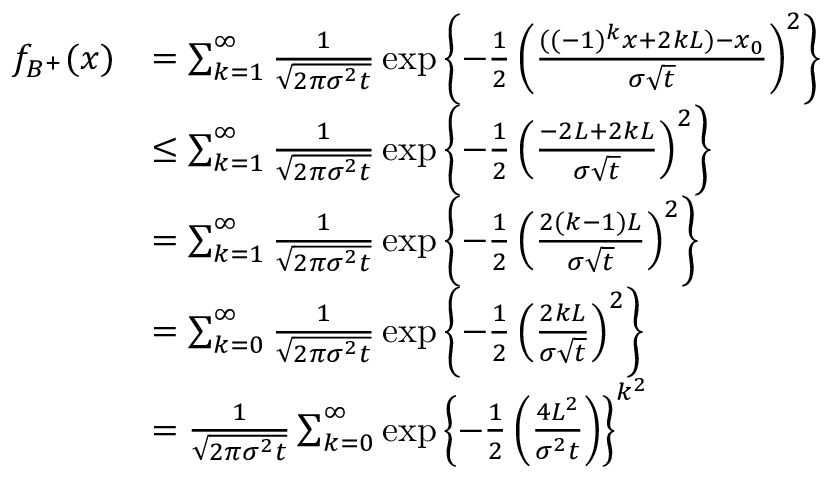
\begin{array} { r l } { f _ { B ^ { + } } ( x ) } & { = \sum _ { k = 1 } ^ { \infty } \frac { 1 } { \sqrt { 2 \pi \sigma ^ { 2 } t } } \exp \left\lbrace - \frac { 1 } { 2 } \left( \frac { ( ( - 1 ) ^ { k } x + 2 k L ) - x _ { 0 } } { \sigma \sqrt { t } } \right) ^ { 2 } \right\rbrace } \\ & { \leq \sum _ { k = 1 } ^ { \infty } \frac { 1 } { \sqrt { 2 \pi \sigma ^ { 2 } t } } \exp \left\lbrace - \frac { 1 } { 2 } \left( \frac { - 2 L + 2 k L } { \sigma \sqrt { t } } \right) ^ { 2 } \right\rbrace } \\ & { = \sum _ { k = 1 } ^ { \infty } \frac { 1 } { \sqrt { 2 \pi \sigma ^ { 2 } t } } \exp \left\lbrace - \frac { 1 } { 2 } \left( \frac { 2 ( k - 1 ) L } { \sigma \sqrt { t } } \right) ^ { 2 } \right\rbrace } \\ & { = \sum _ { k = 0 } ^ { \infty } \frac { 1 } { \sqrt { 2 \pi \sigma ^ { 2 } t } } \exp \left\lbrace - \frac { 1 } { 2 } \left( \frac { 2 k L } { \sigma \sqrt { t } } \right) ^ { 2 } \right\rbrace } \\ & { = \frac { 1 } { \sqrt { 2 \pi \sigma ^ { 2 } t } } \sum _ { k = 0 } ^ { \infty } \exp \left\lbrace - \frac { 1 } { 2 } \left( \frac { 4 L ^ { 2 } } { \sigma ^ { 2 } t } \right) \right\rbrace ^ { k ^ { 2 } } } \end{array}